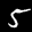
Label: 5